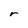
Character: r